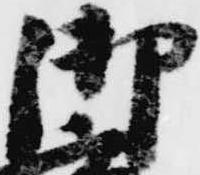
御